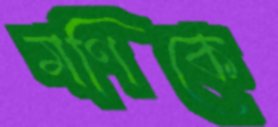
মণিকে